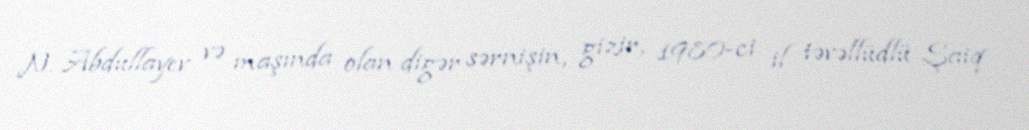
N. Abdullayev və maşında olan digər sərnişin, gizir, 1980-ci il təvəllüdlü Şaiq